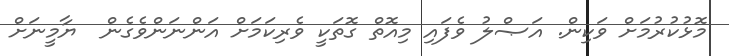
މޮޅުކުރުމަށް ވަކިން. އަޞްލު ވެފައި މިއޮތް ގޮތަކީ ވެރިކަމަށް އަންނަންވެގެން  ޔާމީނަށް